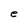
Character: e